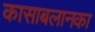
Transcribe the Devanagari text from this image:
कासाबलानका